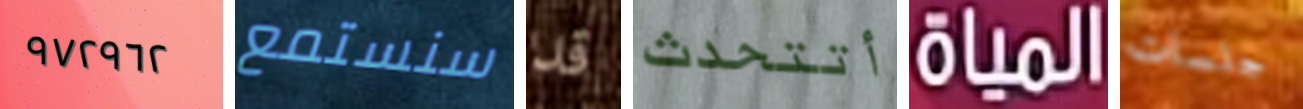
٩٧٢٩٦٢ سنستمع قد أتتحدث المياه جلسات